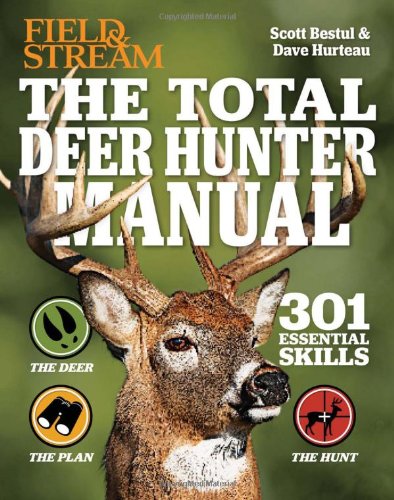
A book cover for The Total Deer Hunter Manual (Field & Stream): 301 Hunting Skills You Need; Scott Bestul; Reference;